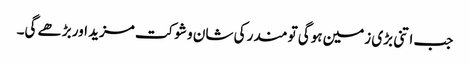
جب اتنی بڑی زمین ہوگی تو مندر کی شان و شوکت مزید اور بڑھے گی۔